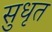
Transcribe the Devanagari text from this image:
सुधृत